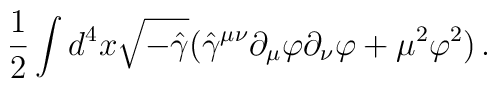
{1\over 2}\int d^4x \sqrt{-\hat\gamma}(\hat\gamma^{\mu\nu}\partial_\mu\varphi\partial_\nu \varphi+\mu^2\varphi^2)\, .